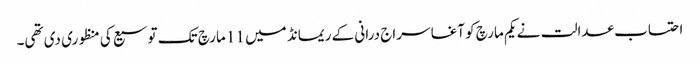
احتساب عدالت نے یکم مارچ کو آغا سراج درانی کے ریمانڈ میں 11 مارچ تک توسیع کی منظوری دی تھی۔